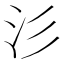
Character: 𣲀